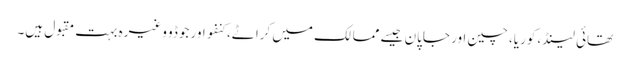
تھائی لینڈ، کوریا، چین اور جاپان جیسے ممالک میں کراٹے، کنفو اور جوڈو وغیرہ بہت مقبول ہیں۔